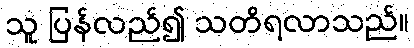
သူ ပြန်လည်၍ သတိရလာသည်။